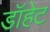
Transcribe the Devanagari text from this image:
डॉहेट